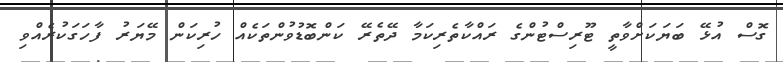
ގޮސް އުޅޭ ބަޔަކަށްވާތީ ޓޫރިސްޓުންގެ ރައްކާތެރިކަމާ ދޭތެރޭ ކަންބޮޑުވުންތަކެއް ހުރިކަން މޭޔަރު ފާހަގަކުރެއްވި